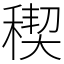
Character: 稧